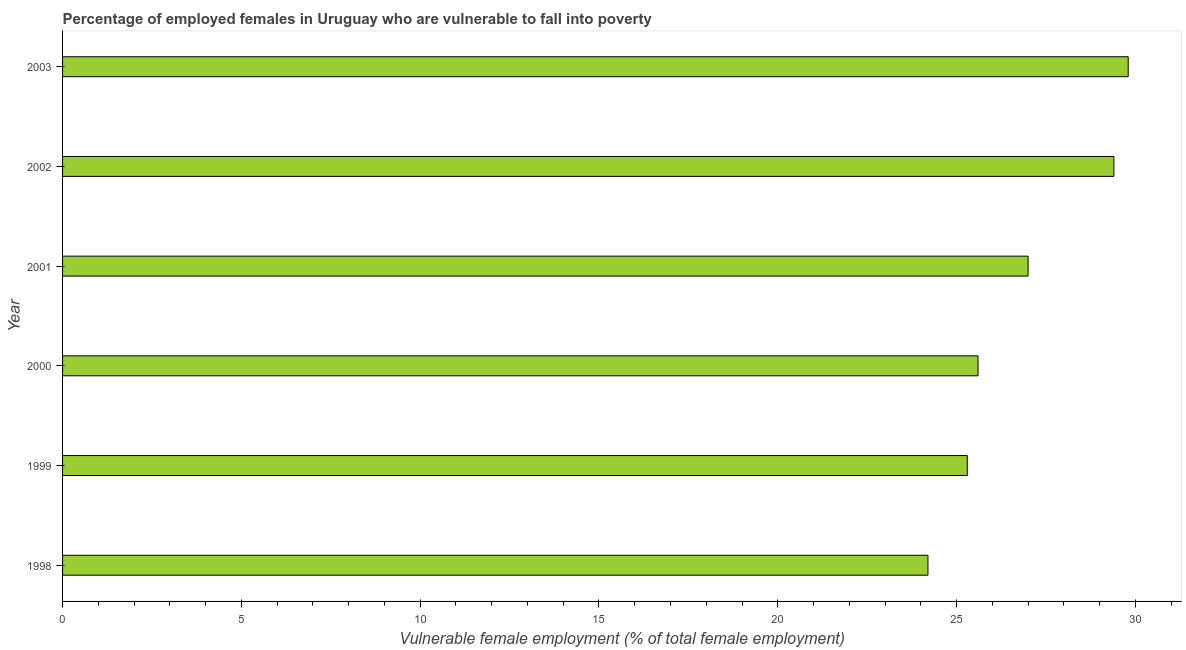
| Year | Percentage of employed females who are vulnerable to fall into poverty |
 | --- | --- |
 | 1998 | 24.2 |
 | 1999 | 25.3 |
 | 2000 | 25.6 |
 | 2001 | 27 |
 | 2002 | 29.4 |
 | 2003 | 29.8 |